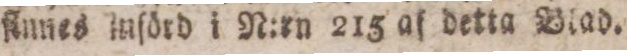
finnes införd i N:rn 215 af detta Blad.